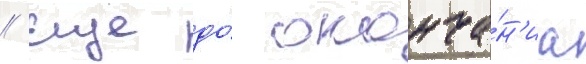
// Еще до́ оконча́н'иа